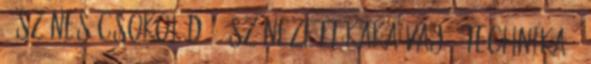
, színes csokoládé , színezett kakaóvaj , technika ,